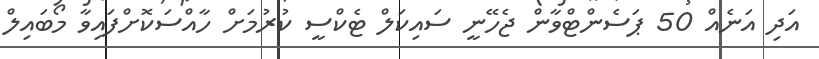
އަދި އަނެއް 50 ޕަސެންޓްވާން ޖެހޭނީ ސައިކަލް ޓެކްސީ ކުރުމަށް ހާއްސަކޮށްފައިވާ މޯބައިލް